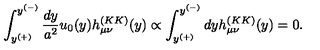
\int _ { y ^ { ( + ) } } ^ { y ^ { ( - ) } } { \frac { d y } { a ^ { 2 } } } u _ { 0 } ( y ) h _ { \mu \nu } ^ { ( K K ) } ( y ) \propto \int _ { y ^ { ( + ) } } ^ { y ^ { ( - ) } } d y h _ { \mu \nu } ^ { ( K K ) } ( y ) = 0 .